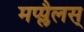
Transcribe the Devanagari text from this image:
मप्प्लैलस्